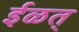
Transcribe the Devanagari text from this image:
ईळत्